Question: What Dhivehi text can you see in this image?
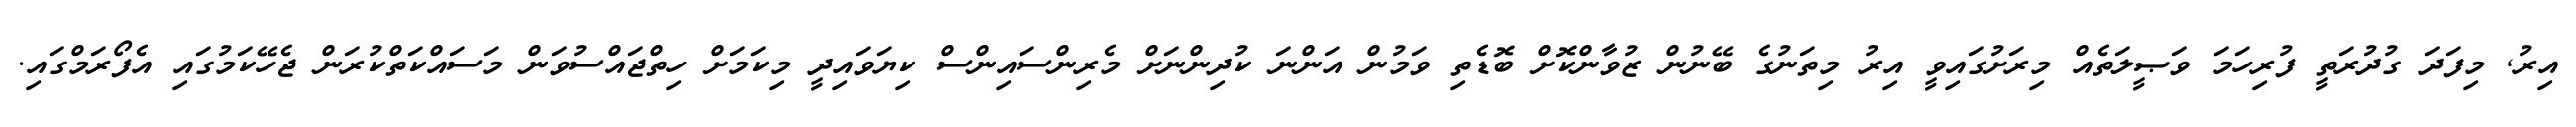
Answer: އިރު, މިފަދަ ގުދުރަތީ ފުރިހަމަ ވަޞީލަތެއް މިރަށުގައިވީ އިރު މިތަނުގެ ބޭނުން ޒުވާންކޮށް ބޮޑެތި ވަމުން އަންނަ ކުދިންނަށް މެރިންސައިންސް ކިޔަވައިދީ މިކަމަށް ހިތްޖައްސުވަން މަސައްކަތްކުރަން ޖެހޭކަމުގައި އެފޯރަމްގައި.